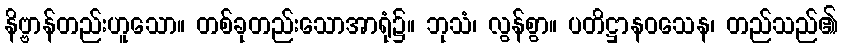
နိဗ္ဗာန်တည်းဟူသော။ တစ်ခုတည်းသောအာရုံ၌။ ဘုသံ၊ လွန်စွာ။ ပတိဋ္ဌာနဝသေန၊ တည်သည်၏